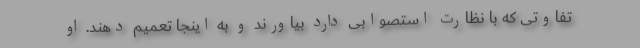
تفاوتی که با نظارت استصوابی دارد بیاورند و به اینجا تعمیم دهند. او